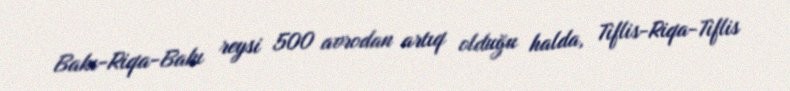
Bakı-Riqa-Bakı reysi 500 avrodan artıq olduğu halda, Tiflis-Riqa-Tiflis